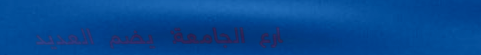
شارع الجامعة: يضم العديد